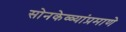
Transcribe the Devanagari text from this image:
सोनकेळ्यांप्रमाणे